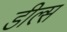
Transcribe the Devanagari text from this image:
डील्स